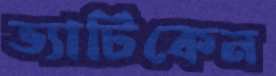
ভ্যাটিকেন